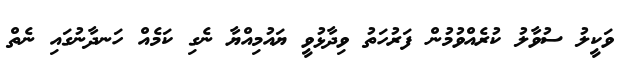
ވަކީލު ސުވާލު ކުރެއްވުމުން ފަރުހަތު ވިދާޅުވީ ޔައުމިއްޔާ ނެގި ކަމެއް ހަނދާނުގައި ނެތް